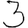
Digit: 3